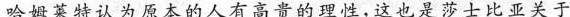
哈姆莱特认为原本的人有高贵的理性，这也是莎士比亚关于